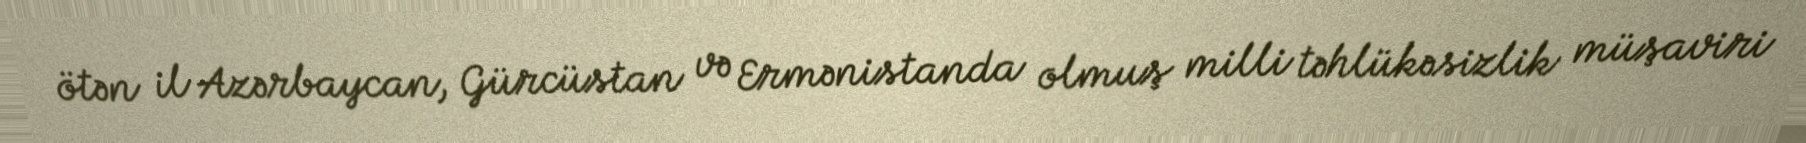
ötən il Azərbaycan, Gürcüstan və Ermənistanda olmuş milli təhlükəsizlik müşaviri